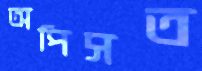
অপিসত